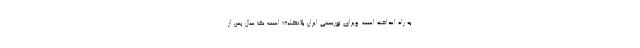
به راه انداخته است. ویزای توریستی ایران بلاتکلیف است یک سال پس از